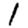
Digit: 1